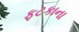
ફટકાના